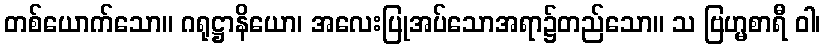
တစ်ယောက်သော။ ဂရုဋ္ဌာနိယော၊ အလေးပြုအပ်သောအရာ၌တည်သော။ သ ဗြဟ္မစာရီ ဝါ၊